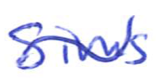
Text: Sims
Cross-out: mix
Writing tool: ballpoint